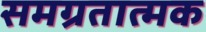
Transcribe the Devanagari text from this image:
समग्रतात्मक